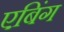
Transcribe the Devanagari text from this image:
एबिंग